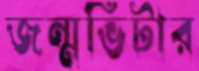
জন্মভিটার